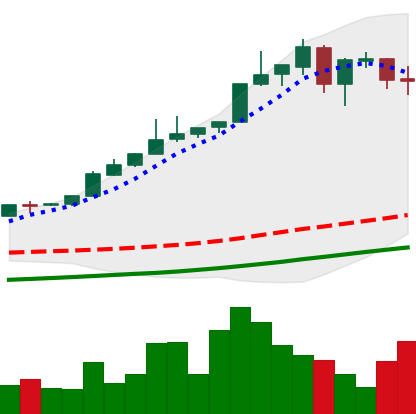
Ticker: BTC-USD
Chart end date: 2017-05-16
Forward return: 17.686%
Label: up_7plus